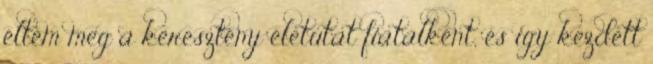
éltem meg a keresztény életutat fiatalként, és így kezdett